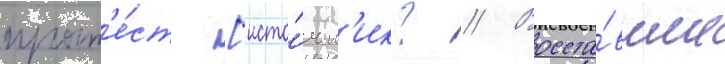
прот'е́ст [исто́чн'ик? // Восста́вшие